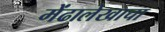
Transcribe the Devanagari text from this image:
मेंढालेखाचा